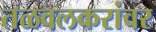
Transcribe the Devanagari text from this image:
तळवलकरांवर